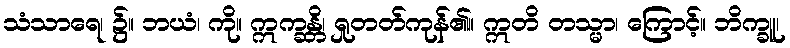
သံသာရေ၊ ၌။ ဘယံ၊ ကို။ ဣက္ခန္တိ၊ ရှုတတ်ကုန်၏။ ဣတိ တသ္မာ၊ ကြောင့်။ ဘိက္ခူ၊